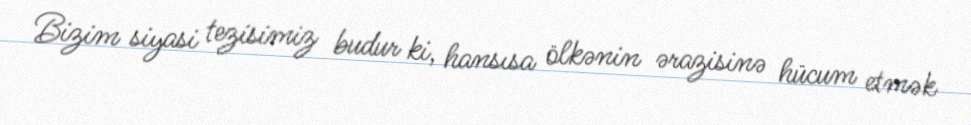
Bizim siyasi tezisimiz budur ki, hansısa ölkənin ərazisinə hücum etmək